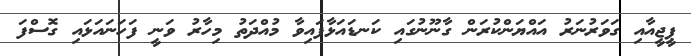
ޕީޖީއާއި ގަވަރުނަރު އައްޔަންކުރަން ގާނޫނުގައި ކަނޑައަޅާފައިވާ މުއްދަތު މިހާރު ވަނީ ފަހަނައަޅައި ގޮސްފަ